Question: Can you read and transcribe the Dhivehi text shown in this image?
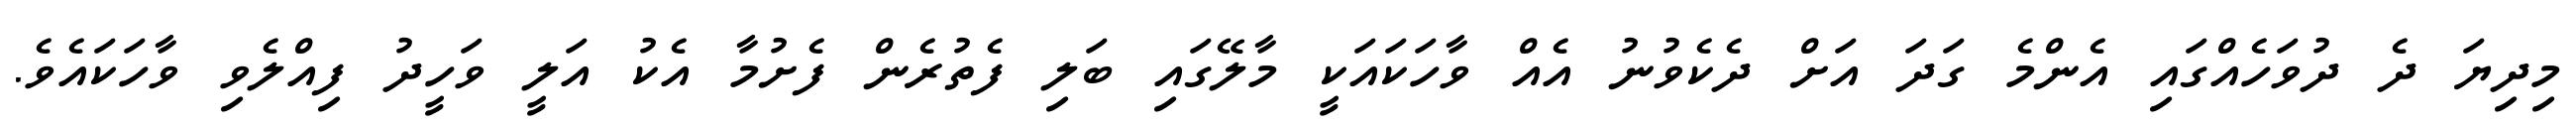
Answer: މިދިޔަ ދެ ދުވަހެއްގައި އެންމެ ގަދަ އަށް ދެކެވުނު އެއް ވާހަކައަކީ މާލޭގައި ބަލި ފެތުރެން ފެށުމާ އެކު އަލީ ވަހީދު ފިއްލެވި ވާހަކައެވެ.